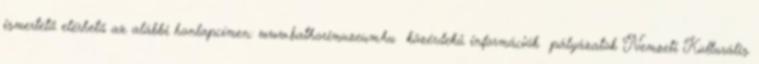
ismertető elérhető az alábbi honlapcímen: www.bathorimuzeum.hu közérdekű információk pályázatok Nemzeti Kulturális